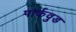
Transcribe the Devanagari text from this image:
पार्कवुड